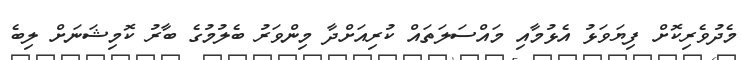
މެދުވެރިކޮށް ފިޔަވަޅު އެޅުމާއި މައްސަލަތައް ކުރިއަށްދާ މިންވަރު ބެލުމުގެ ބާރު ކޮމިޝަނަށް ލިބެ